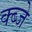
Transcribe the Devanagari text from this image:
क्ब्जे